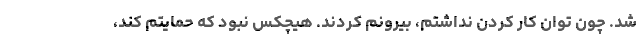
شد. چون توان کار کردن نداشتم، بیرونم کردند. هیچکس نبود که حمایتم کند،